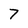
Character: 7